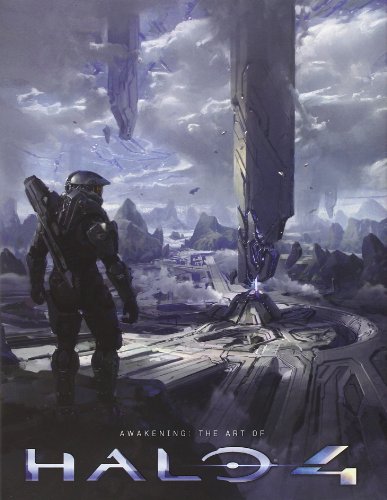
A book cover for Awakening: The Art of Halo 4; Paul Davies; Arts & Photography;